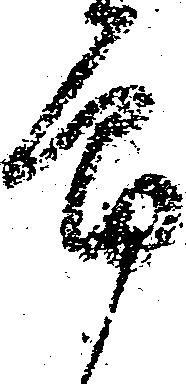
郎